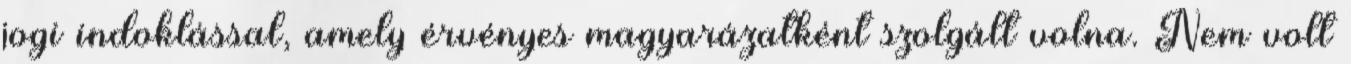
jogi indoklással, amely érvényes magyarázatként szolgált volna. Nem volt